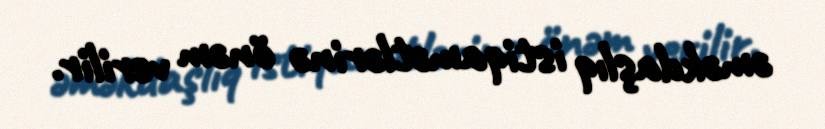
əməkdaşlıq istiqamətlərinə önəm verilir.